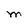
Character: M